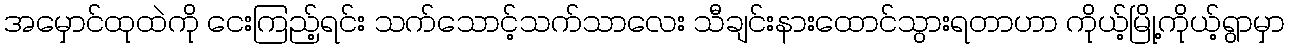
အမှောင်ထုထဲကို ငေးကြည့်ရင်း သက်သောင့်သက်သာလေး သီချင်းနားထောင်သွားရတာဟာ ကိုယ့်မြို့ကိုယ့်ရွာမှာ